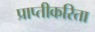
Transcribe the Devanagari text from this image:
प्राप्तीकरिता